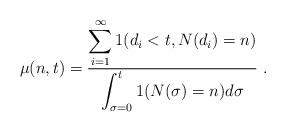
LaTeX: \begin{align*}\mu(n, t) = \frac{\displaystyle\sum^\infty_{i=1} 1(d_i < t, N(d_i) = n)}{\displaystyle\int^t_{\sigma=0} 1(N(\sigma) = n)d\sigma}\,\,.\end{align*}